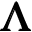
\pmb { \Lambda }